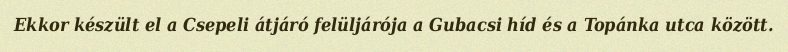
Ekkor készült el a Csepeli átjáró felüljárója a Gubacsi híd és a Topánka utca között.